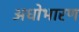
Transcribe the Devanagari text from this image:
अधोभारण